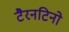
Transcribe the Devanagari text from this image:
टैरनटिनो